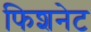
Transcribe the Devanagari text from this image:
फिशनेट